Plague in India, 1896, 1897 - Volume 2
Year: 1896
Disease focus: Plague
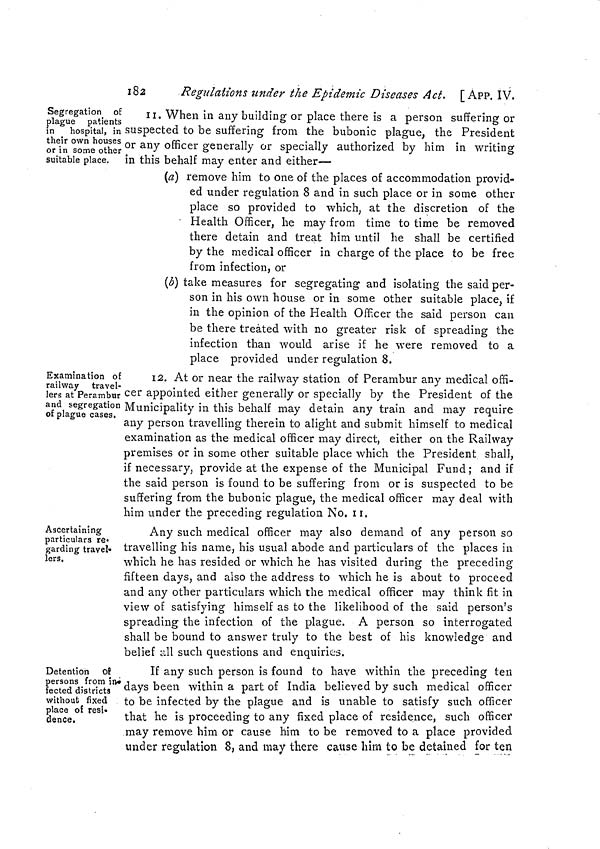
182
Regulations under the Epidemic Diseases Act. [ APP. IV.
Segregation of
plague patients
in hospital, in
their own houses
or in some other
suitable place.
11. When in any building or place there is a person suffering or
suspected to be suffering from the bubonic plague, the President
or any officer generally or specially authorized by him in writing
in this behalf may enter and either—
(a) remove him to one of the places of accommodation provid-
ed under regulation 8 and in such place or in some other
place so provided to which, at the discretion of the
• Health Officer, he may from time to time be removed
there detain and treat him until he shall be certified
by the medical officer in charge of the place to be free
from infection, or
(b) take measures for segregating and isolating the said per-
son in his own house or in some other suitable place, if
in the opinion of the Health Officer the said person can
be there treated with no greater risk of spreading the
infection than would arise if he were removed to a
place provided under regulation 8.
Examination oE
railway travel-
lers at Perambur
and segregation
of plague cases.
12. At or near the railway station of Perambur any medical offi-
cer appointed either generally or specially by the President of the
Municipality in this behalf may detain any train and may require
any person travelling therein to alight and submit himself to medical
examination as the medical officer may direct, either on the Railway
premises or in some other suitable place which the President shall,
if necessary, provide at the expense of the Municipal Fund; and if
the said person is found to be suffering from or is suspected to be
suffering from the bubonic plague, the medical officer may deal with
him under the preceding regulation No. 11.
Ascertaining
particulars re-
garding trave-
lers.
Any such medical officer may also demand of any person so
travelling his name, his usual abode and particulars of the places in
which he has resided or which he has visited during the preceding
fifteen days, and also the address to which he is about to proceed
and any other particulars which the medical officer may think fit in
view of satisfying himself as to the likelihood of the said person's
spreading the infection of the plague. A person so interrogated
shall be bound to answer truly to the best of his knowledge and
belief all such questions and enquiries.
Detention of
persons from in
fected districts
without fixed
place of resi-
dence.
If any such person is found to have within the preceding ten
days been within a part of India believed by such medical officer
to be infected by the plague and is unable to satisfy such officer
that he is proceeding to any fixed place of residence, such officer
may remove him or cause him to be removed to a place provided
under regulation 8, and may there cause him to be detained for ten